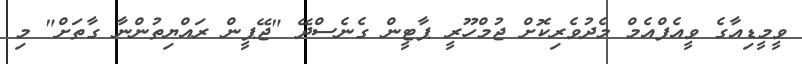
ވީމީޑިއާގެ ވީއެފްއެމް މެދުވެރިކޮށް ޖުމްހޫރީ ޕާޓީން ގެނެސްދޭ "ޖޭޕީން ރައްޔިތުންނާ ގާތަށް" މި